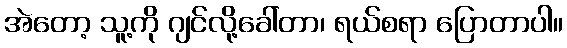
အဲတော့ သူ့ကို ဂျင်လို့ခေါ်တာ၊ ရယ်စရာ ပြောတာပါ။